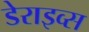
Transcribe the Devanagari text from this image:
डेराइव्स